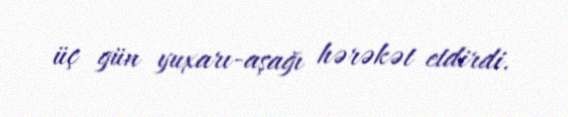
üç gün yuxarı-aşağı hərəkət etdirdi.